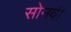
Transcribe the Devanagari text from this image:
सोनवी